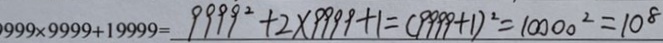
9 9 9 \times 9 9 9 9 + 1 9 9 9 9 = 9 9 9 9 ^ { 2 } + 2 \times 9 9 9 9 + 1 = ( 9 9 9 9 + 1 ) ^ { 2 } = 1 0 0 0 0 ^ { 2 } = 1 0 ^ { 8 }